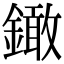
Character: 𨬒